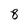
Character: 8